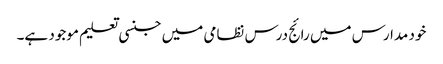
خود مدارس میں رائج درس نظامی میں جنسی تعلیم موجود ہے۔